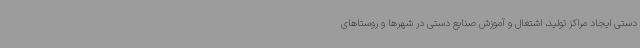
دستی ایجاد مراکز تولید، اشتغال و آموزش صنایع دستی در شهرها و روستاهای